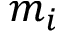
m _ { i }